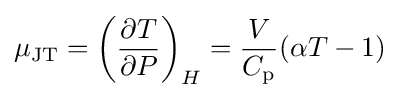
\mu _{\mathrm {JT} }=\left({\partial T \over \partial P}\right)_{H}={\frac {V}{C_{\mathrm {p} }}}(\alpha T-1)